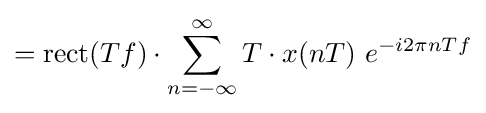
=\mathrm {rect} (Tf)\cdot \sum _{n=-\infty }^{\infty }T\cdot x(nT)\ e^{-i2\pi nTf}